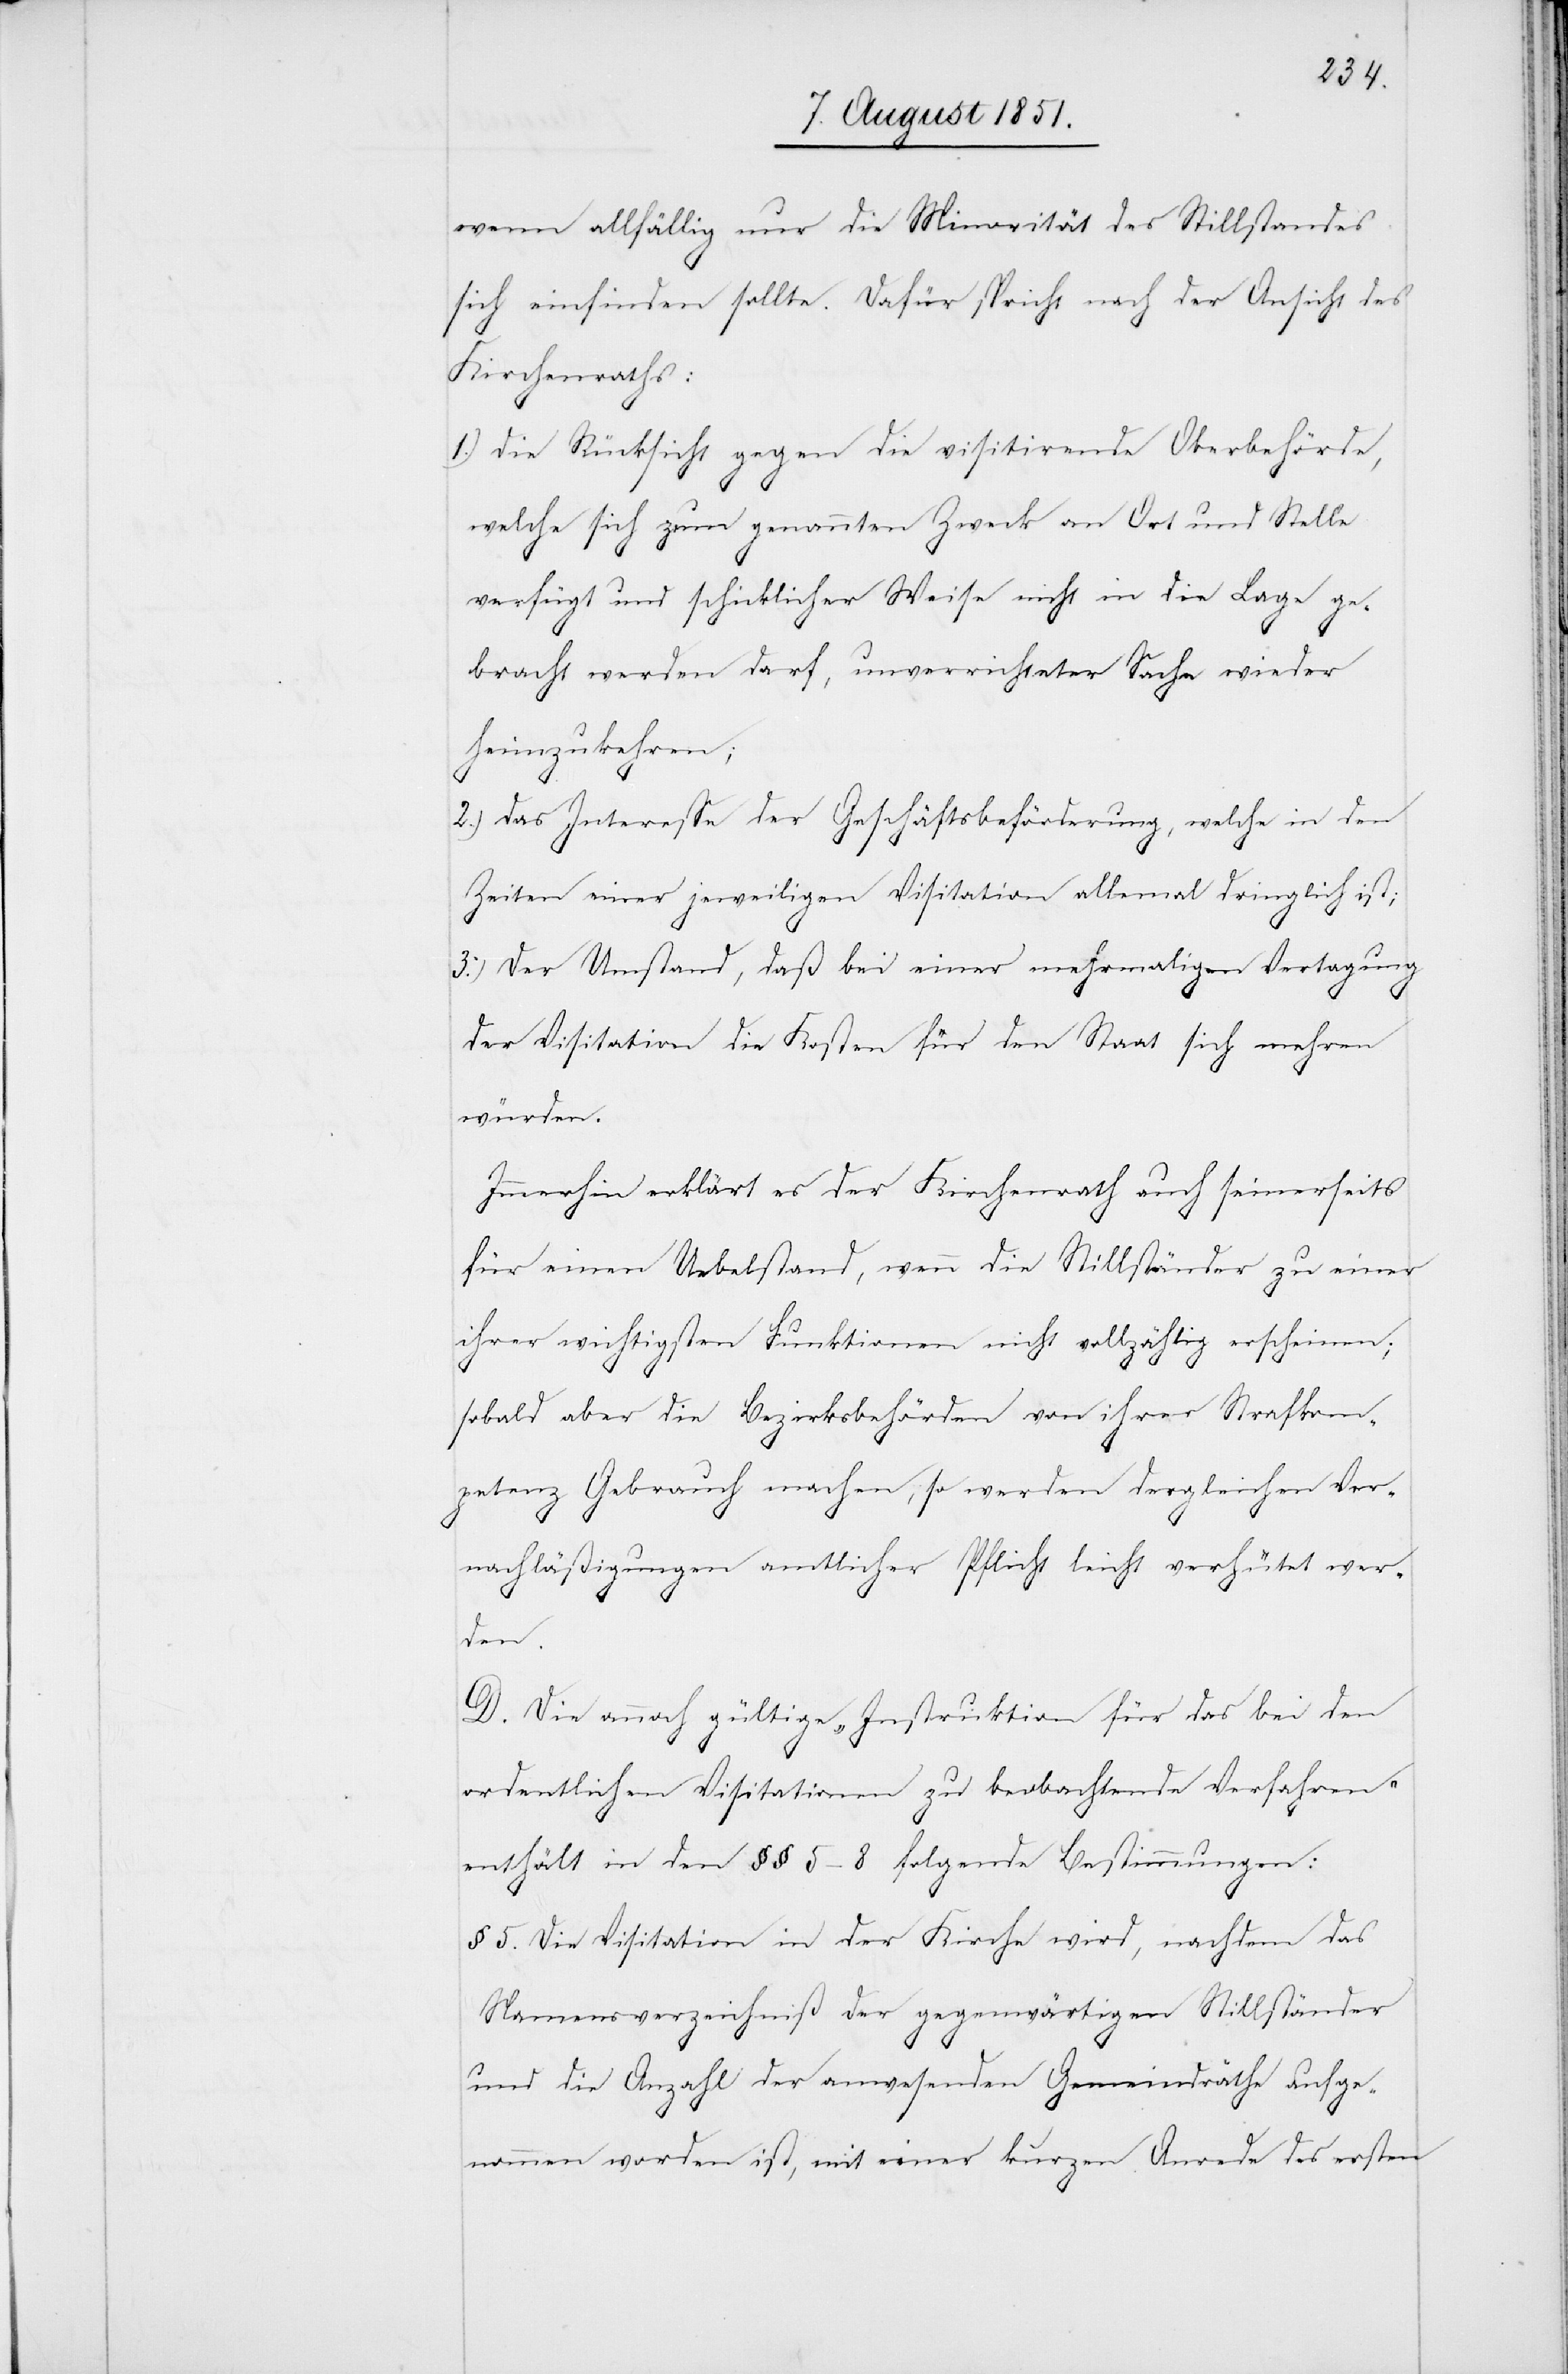
wenn allfällig nur die Minorität des Stillstandes
sich einfinden sollte. Dafür spricht nach der Ansicht des
Kirchenraths:
Die Rücksicht gegen die visitirende Oberbehörde,
welche sich zum genannten Zweck an Ort und Stelle
verfügt und schicklicher Weise nicht in die Lage ge¬
bracht werden darf, unverrichteter Sache wieder
heimzukehren;
Das Interesse der Geschäftsbeförderung, welche in den
Zeiten einer jeweiligen Visitation allemal dringlich ist;
Der Umstand, daß bei einer mehrmaligen Vertagung
der Visitation die Kosten für den Staat sich mehren
würden.
Immerhin erklärt es der Kirchenrath auch seinerseits
für einen Uebelstand, wenn die Stillständer zu einer
ihrer wichtigsten Funktionen nicht vollzählig erscheinen;
sobald aber die Bezirksbehörden von ihrer Strafkom¬
petenz Gebrauch machen, so werden dergleichen Ver¬
nachläßigungen amtlicher Pflicht leicht verhütet wer¬
den.
D. Die annoch gültige „Instruktion für das bei den
ordentlichen Visitationen zu beobachtende Verfahren“
enthält in den §§ 5–8 folgende Bestimmungen:
§ 5. Die Visitation in der Kirche wird, nachdem das
Namensverzeichniß der gegenwärtigen Stillständer
und die Anzahl der anwesenden Gemeindräthe aufge¬
nommen worden ist, mit einer kurzen Anrede des ersten